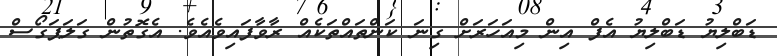
ޑަބްލިޔު ޑަބްލިޔު އެފް އިން މިއަހަރަށް ގިނަ ކަންތައްތަކެއް ރާވާފައިވެއެވެ. އެގޮތުން ގަލަޕަގޯސް